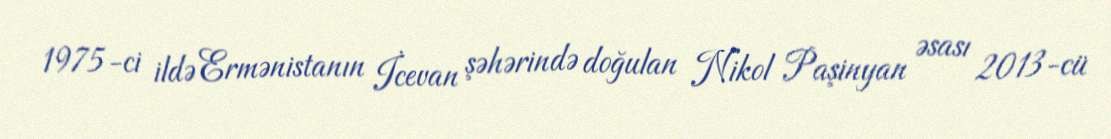
1975-ci ildə Ermənistanın İcevan şəhərində doğulan Nikol Paşinyan əsası 2013-cü